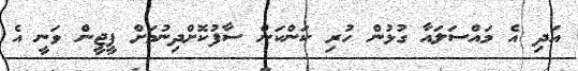
އަދި އެ މައްސަލައާ ގުޅުން ހުރި ކަންކަން ސާފުކޮށްދިނުމަށް ޕީޖީން ވަނީ އެ